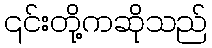
၎င်းတို့ကဆိုသည်